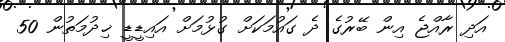
އަދި ރާއްޖެ އިން ބޭރުގެ ދެ ގައުމަކަށް ގުޅުމަށް އައިޑީޑީ ޚިދުމަތުން 50